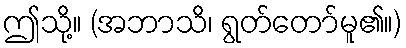
ဤသို့။ (အဘာသိ၊ ရွတ်တော်မူ၏။)